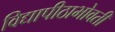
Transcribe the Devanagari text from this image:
विद्यापीठाभोवती